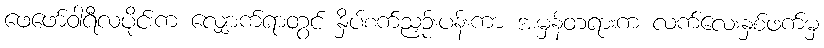
ဖေဖော်ဝါရီလပိုင်းက လျှောက်ရာတွင် နှိပ်စက်ညှဉ်းပန်းကာ အမှန်တရားက လက်လေးနှစ်ဖက်မှ